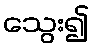
သွေး၍